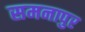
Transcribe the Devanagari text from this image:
समनापुर